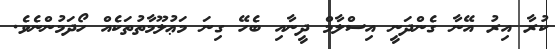
ކުރާ އިރު އޭނާ ގެންދަނީ އިސްލާމް ދީނާއި ބެހޭ ގިނަ މަޢުލޫމާތުތަކެއް ހޯދަމުންނެވެ.